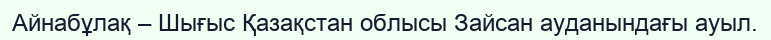
Айнабұлақ – Шығыс Қазақстан облысы Зайсан ауданындағы ауыл.